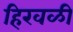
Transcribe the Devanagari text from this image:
हिरवळी